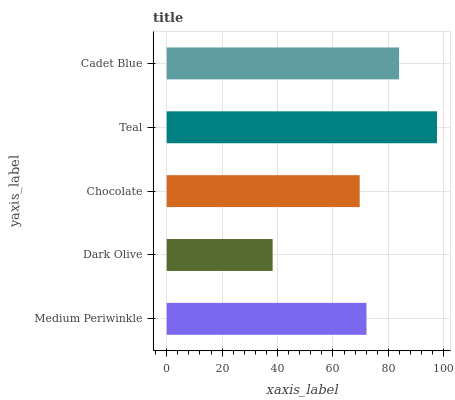
| yaxis_label | bars |
 | --- | --- |
 | Medium Periwinkle | 72.1 |
 | Dark Olive | 38.2 |
 | Chocolate | 69.7 |
 | Teal | 97.5 |
 | Cadet Blue | 83.8 |